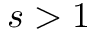
s > 1